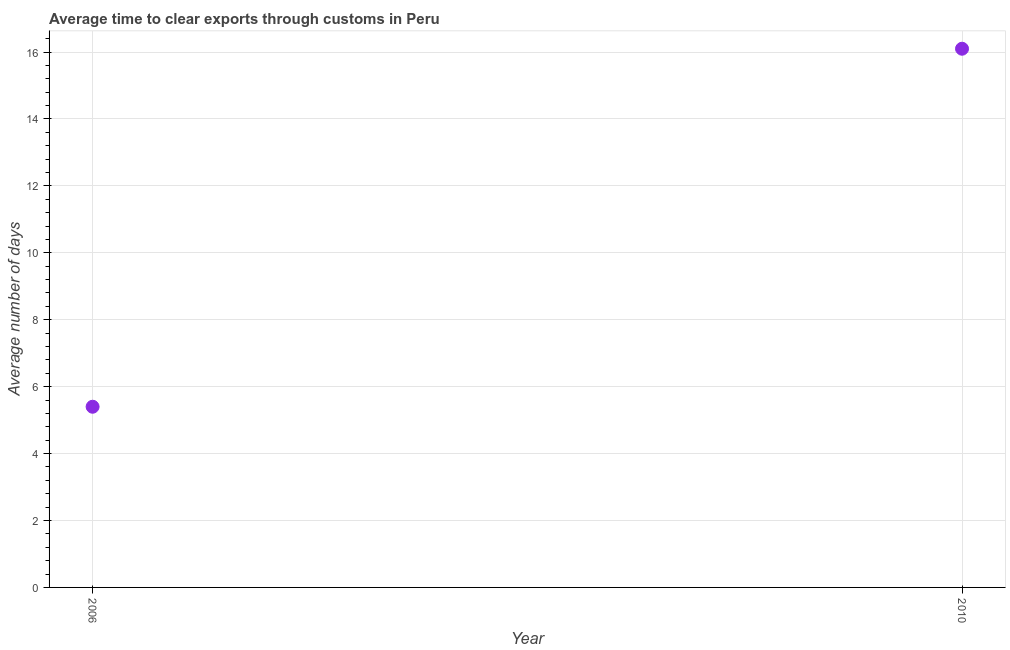
| Year | Time to clear exports through customs |
 | --- | --- |
 | 2006 | 5.4 |
 | 2010 | 16.1 |